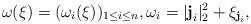
LaTeX: \begin{align*}\omega({\xi})=(\omega_i(\xi))_{1\leq i\leq n}, \omega_i=|\textbf{j}_i|_2^2+\xi_{\textbf{j}_i},\end{align*}